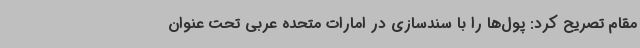
مقام تصریح کرد: پول‌ها را با سندسازی در امارات متحده عربی تحت عنوان